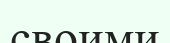
своими